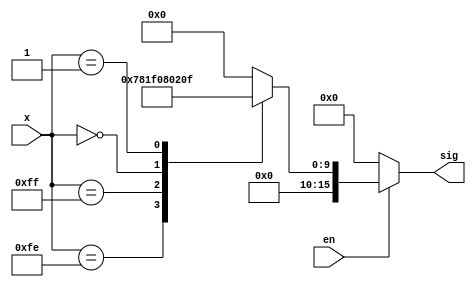
module lut_sigmoid
    (
        input wire         en,
        input wire [7:0]   x,  // Fixed-point: 1 sign, 3 integer, 4 fraction
        output wire [15:0] sig // Fixed-point: 1 sign, 5 integer, 10 fraction
    );
    
    reg [15:0] sig_mem;
    
    // Module body using "always block"
    always @(x)
    begin
        case (x)
            // Add more ...
            8'b1_111_1110: sig_mem = 16'b0_00000_0111100000; // sig(-0.1250) = 0.4687500000
            8'b1_111_1111: sig_mem = 16'b0_00000_0111110000; // sig(-0.0625) = 0.4843750000
            8'b0_000_0000: sig_mem = 16'b0_00000_1000000000; // sig(+0.0000) = 0.5000000000
            8'b0_000_0001: sig_mem = 16'b0_00000_1000001111; // sig(+0.0625) = 0.5146484375
            // Add more ...
            default: sig_mem <= 16'h0000;
        endcase
    end
    
    // Module body using continuous assignment
    assign sig = (en == 1'b1) ? sig_mem : 16'h0000;
    // Module body using module instantiation
//    mux_2to1 #(16) mux_2to1_0(16'h0000, sig_mem, en, sig); // Produce the same result
    
endmodule